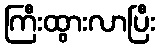
ကြီးထွားလာပြီး